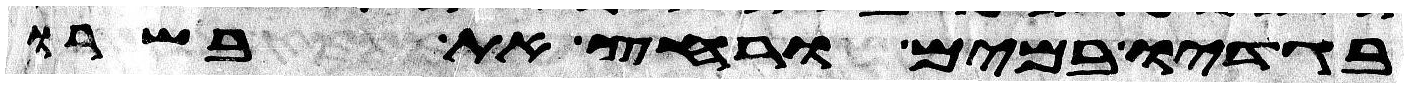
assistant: בגדיו במים ורחץ את בשרו